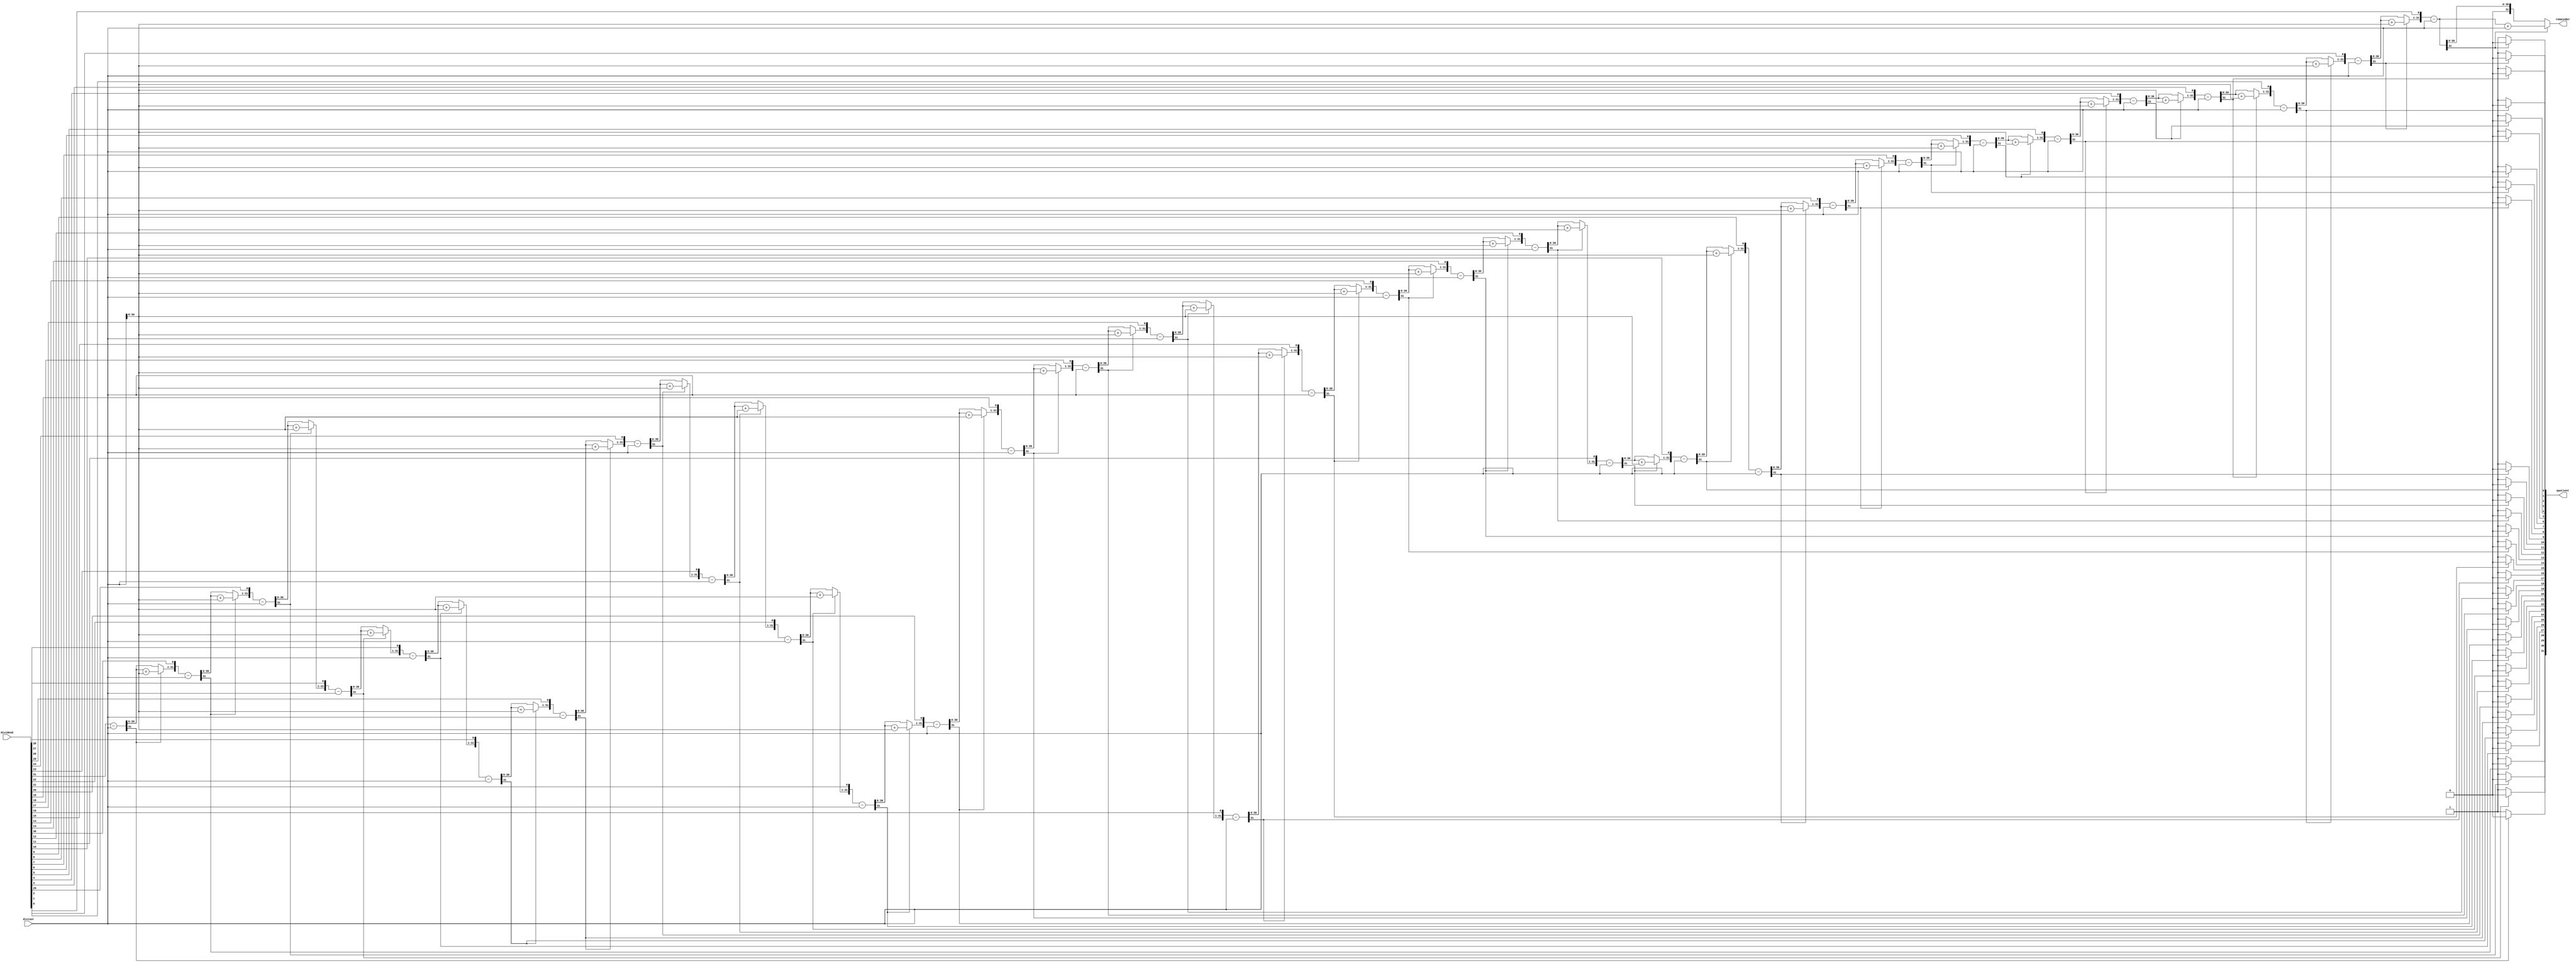
module divide_with_remainder(
    input [WIDTH-1:0] dividend,
    input [WIDTH-1:0] divisor,
    output [WIDTH-1:0] quotient,
    output [WIDTH-1:0] remainder
    );
   parameter WIDTH = 32;
   reg [WIDTH-1:0] D, N;
   reg [WIDTH:0] P;   //P reg can get twice as large as N, so needs extra bit
   integer i;
  
   always@ (dividend or divisor) begin
       D = dividend;
       N = divisor;
       P = 0;
       for(i=0;i < WIDTH;i=i+1) begin 
           P = {P[WIDTH-2:0], D[WIDTH-1]};
           D[WIDTH-1:1] = D[WIDTH-2:0];
           P = P-N;
           if(P[WIDTH-1] == 1)begin
                D[0] = 1'b0;
                P = P + N;   
           end
           else
                D[0] = 1'b1;
      end
         
   end    
   
   assign remainder = P, quotient = D;
endmodule